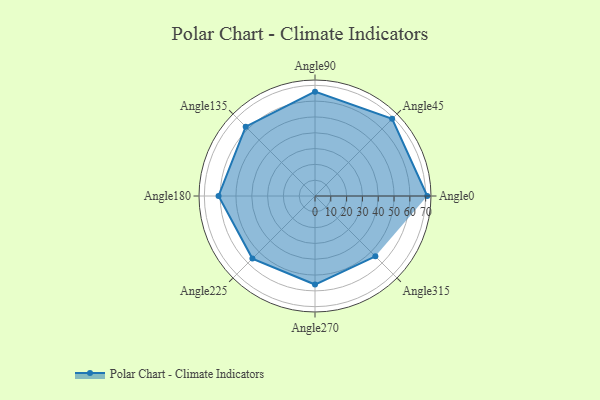
{"axis": {"x": "Angle", "y": "Radius"}, "legend": [""], "data": [{"x": "Angle0", "y": 71.0, "type": ""}, {"x": "Angle45", "y": 69.0, "type": ""}, {"x": "Angle90", "y": 66.0, "type": ""}, {"x": "Angle135", "y": 62.0, "type": ""}, {"x": "Angle180", "y": 61.0, "type": ""}, {"x": "Angle225", "y": 56.0, "type": ""}, {"x": "Angle270", "y": 56.0, "type": ""}, {"x": "Angle315", "y": 54.0, "type": ""}]}